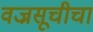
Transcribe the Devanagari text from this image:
वज्रसूचीचा